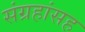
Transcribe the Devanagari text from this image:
संग्रहांसह